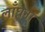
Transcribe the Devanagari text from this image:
लाँघना